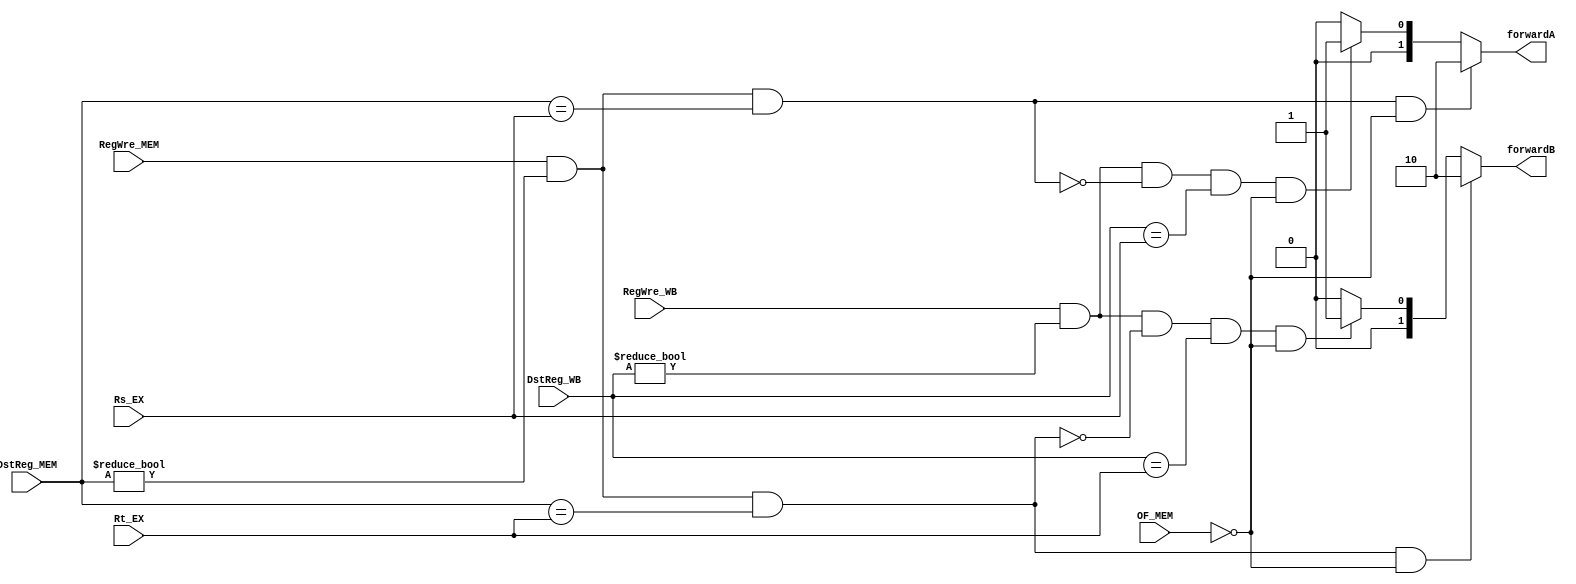
`timescale 1ns / 1ps
//////////////////////////////////////////////////////////////////////////////////
// Company: 
// Engineer: 
// 
// Design Name: 
// Module Name: Forward_Unit
// Project Name: 
// Target Devices: 
// Tool Versions: 
// Description: 
// 
// Dependencies: 
// 
// Revision:
// Revision 0.01 - File Created
// Additional Comments:
// 
//////////////////////////////////////////////////////////////////////////////////


module Forward_Unit(
    input OF_MEM,
    input RegWre_WB,
    input [4:0] DstReg_WB,
    input RegWre_MEM,
    input [4:0] DstReg_MEM,
    input [4:0] Rs_EX,
    input [4:0] Rt_EX,
    output reg [1:0] forwardA,
    output reg [1:0] forwardB
    );
    
    always@(*) begin
        if(RegWre_MEM && DstReg_MEM!=0 && DstReg_MEM==Rs_EX && !OF_MEM) 
            forwardA = 2'b10;
        else if(RegWre_WB && DstReg_WB!=0 &&
            !(RegWre_MEM && (DstReg_MEM!=0) && (DstReg_MEM == Rs_EX)) &&
            DstReg_WB == Rs_EX && !OF_MEM) 
            forwardA = 2'b01;
        else 
            forwardA = 2'b00;
    end
    
    always@(*) begin
        if(RegWre_MEM && DstReg_MEM!=0 && DstReg_MEM==Rt_EX&&!OF_MEM)
            forwardB = 2'b10;
        else if(RegWre_WB && DstReg_WB!=0 &&
            !(RegWre_MEM && (DstReg_MEM!=0) && (DstReg_MEM ==Rt_EX)) &&
            DstReg_WB == Rt_EX&&!OF_MEM)
            forwardB = 2'b01;
        else 
            forwardB = 2'b00;
    end
    
endmodule